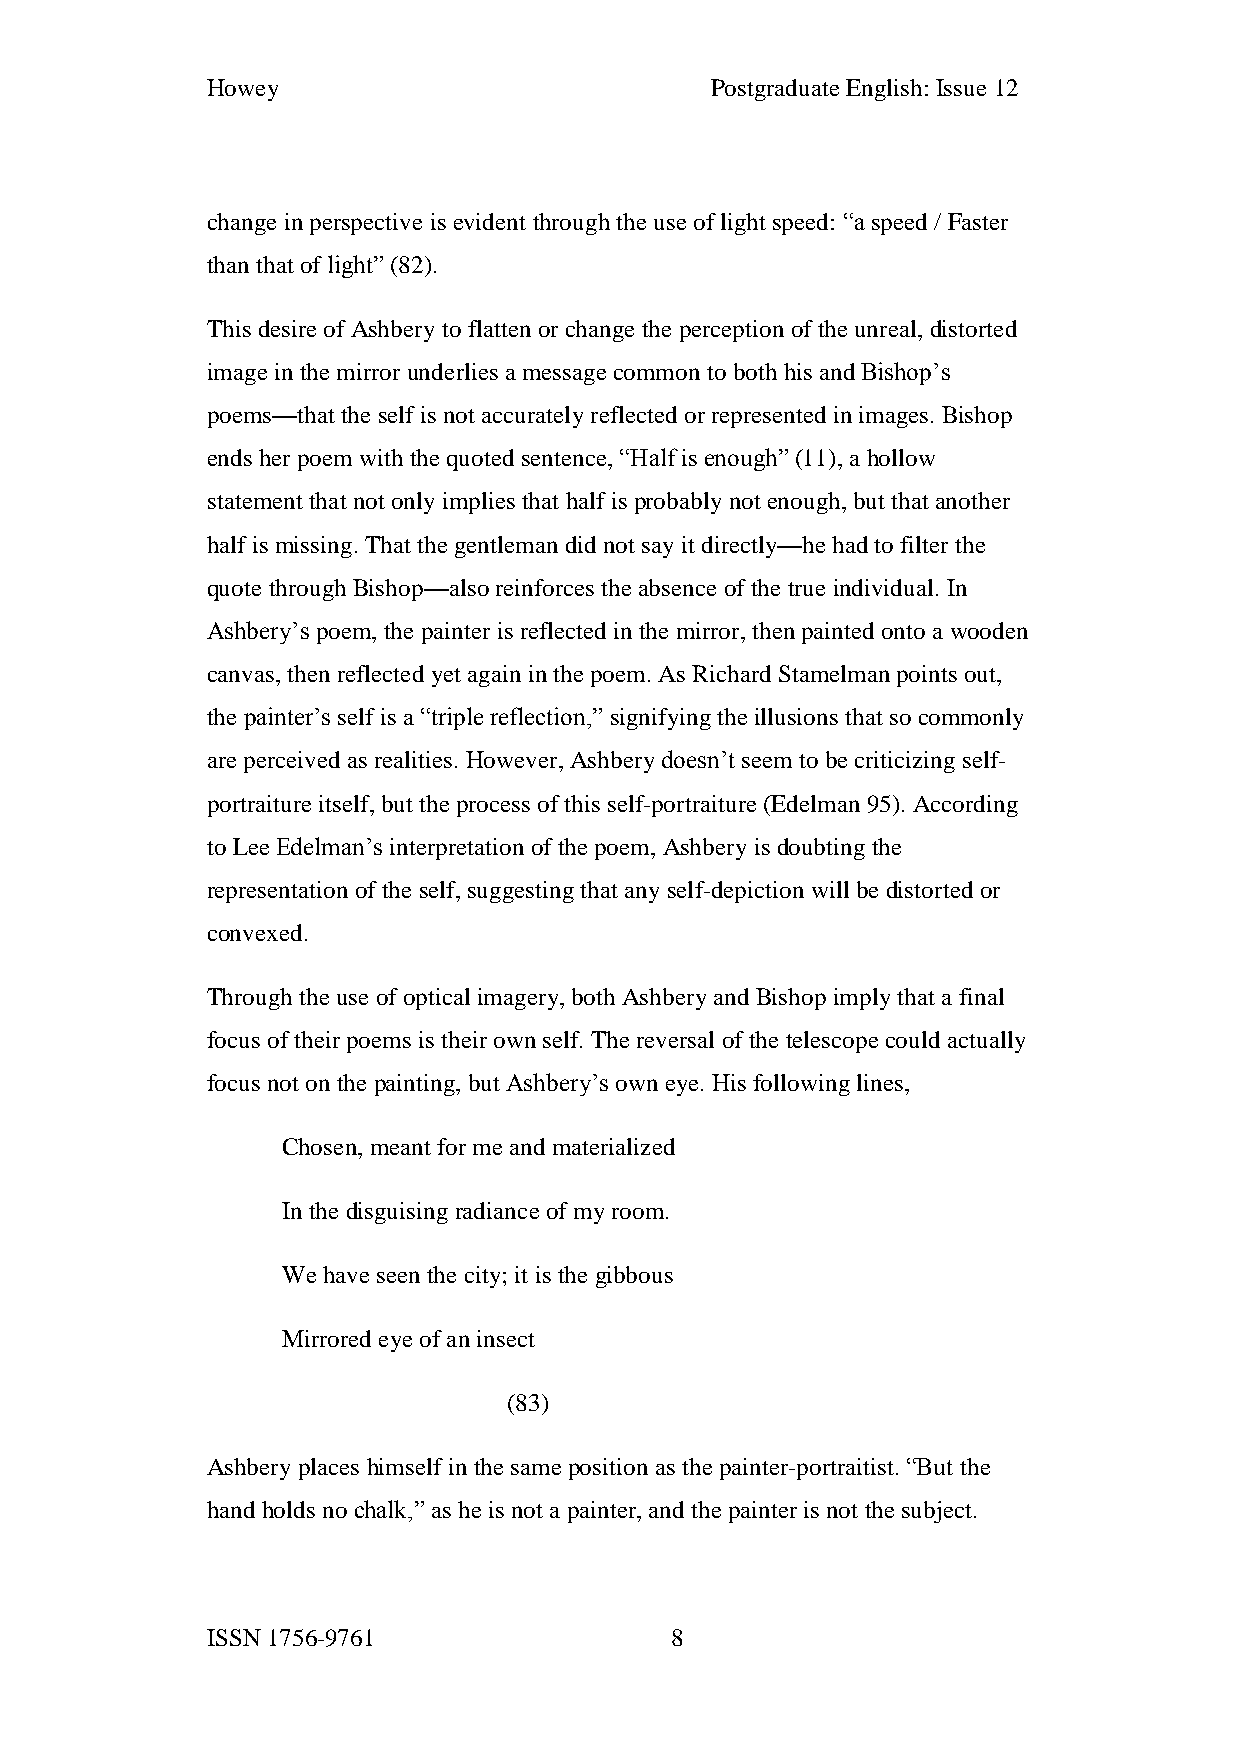
Howey                            Postgraduate English: Issue 12
 change in perspective is evident through the use of light speed: “a speed / Faster
 than that of light” (82).
 This desire of Ashbery to flatten or change the perception of the unreal, distorted
 image in the mirror underlies a message common to both his and Bishop’s
 poems—that the self is not accurately reflected or represented in images. Bishop
 ends her poem with the quoted sentence, “Half is enough” (11), a hollow
 statement that not only implies that half is probably not enough, but that another
 half is missing. That the gentleman did not say it directly—he had to filter the
 quote through Bishop—also reinforces the absence of the true individual. In
 Ashbery’s poem, the painter is reflected in the mirror, then painted onto a wooden
 canvas, then reflected yet again in the poem. As Richard Stamelman points out,
 the painter’s self is a “triple reflection,” signifying the illusions that so commonly
 are perceived as realities. However, Ashbery doesn’t seem to be criticizing self-
 portraiture itself, but the process of this self-portraiture (Edelman 95). According
 to Lee Edelman’s interpretation of the poem, Ashbery is doubting the
 representation of the self, suggesting that any self-depiction will be distorted or
 convexed.
 Through the use of optical imagery, both Ashbery and Bishop imply that a final
 focus of their poems is their own self. The reversal of the telescope could actually
 focus not on the painting, but Ashbery’s own eye. His following lines,
 Chosen, meant for me and materialized
 In the disguising radiance of my room.
 We have seen the city; it is the gibbous
 Mirrored eye of an insect
 (83)
 Ashbery places himself in the same position as the painter-portraitist. “But the
 hand holds no chalk,” as he is not a painter, and the painter is not the subject.
 ISSN 1756-9761                8